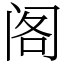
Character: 阁